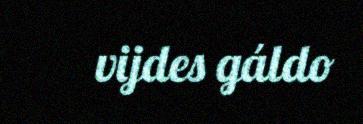
vijdes gáldo